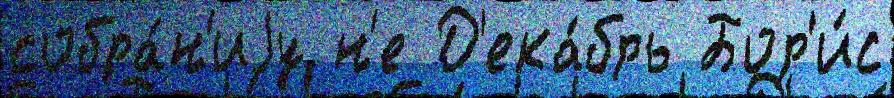
собра́н'иjу н'е Д'ека́брь Бор'и́с